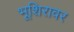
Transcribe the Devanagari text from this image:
भूशिरावर